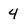
Character: 4